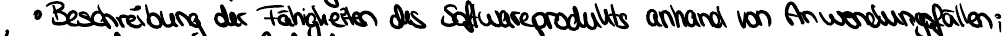
Beschreibung der Fähigkeiten des Softwareprodukts anhand von Anwendugsfällen